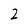
Character: 2